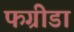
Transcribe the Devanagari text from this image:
फग्रीडा